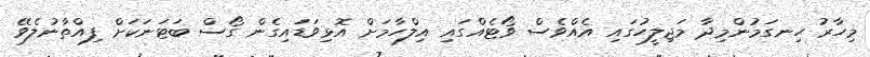
މިހާރު ހިނގަމުންމިދާ މަޖިލީހުގައި އެއްވެސް ވޯޓެއްގައި އިލްހާމަށް އޮޅިވަޑައިގެން ގޯސް ބަޓަނަކަށް ފިއްތާނުލެވޭ